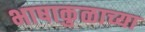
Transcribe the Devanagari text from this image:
भाषाकुळाच्या